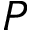
P